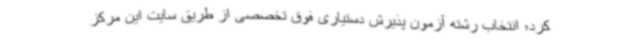
کرد؛ انتخاب رشته آزمون پذیرش دستیاری فوق تخصصی از طریق سایت این مرکز